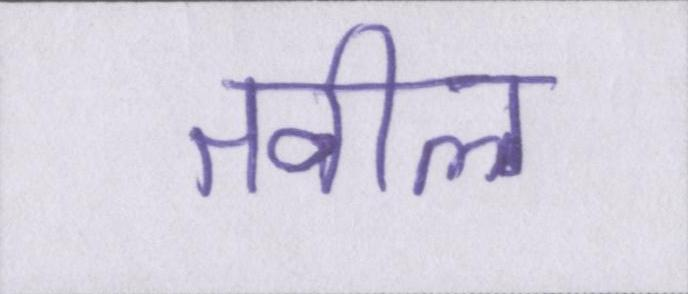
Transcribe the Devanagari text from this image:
तवील